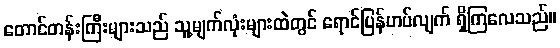
တောင်တန်းကြီးများသည် သူ့မျက်လုံးများထဲတွင် ရောင်ပြန်ဟပ်လျက် ရှိကြလေသည်။